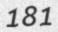
181